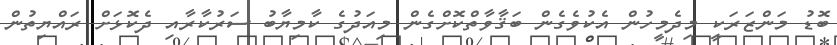
ބޮޑު މަންޒަރަކީ މިދެމީހުން އެކުވެގެން ބަޤާވާތްކޮށްގެން މިއަދުގެ ކާމިޔާބު ސަރުކާރާއި ދެކޮޅަށް ރައްޔިތުން